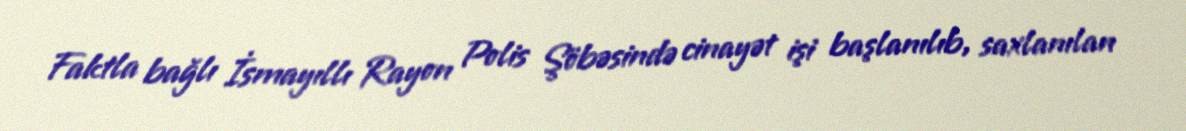
Faktla bağlı İsmayıllı Rayon Polis Şöbəsində cinayət işi başlanılıb, saxlanılan